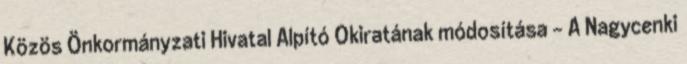
Közös Önkormányzati Hivatal Alpító Okiratának módosítása - A Nagycenki